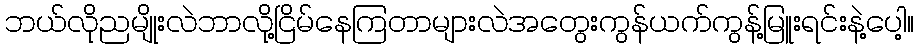
ဘယ်လိုညမျိုးလဲဘာလို့ငြိမ်နေကြတာများလဲအတွေးကွန်ယက်ကွန့်မြူးရင်းနဲ့ပေါ့။